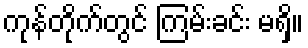
ကုန်တိုက်တွင် ကြမ်းခင်း မရှိ။